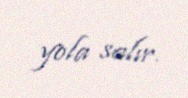
yola salır.